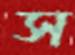
স